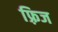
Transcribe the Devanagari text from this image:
फ़्रिज